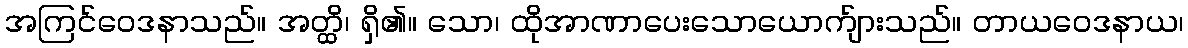
အကြင်ဝေဒနာသည်။ အတ္ထိ၊ ရှိ၏။ သော၊ ထိုအာဏာပေးသောယောက်ျားသည်။ တာယဝေဒနာယ၊